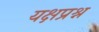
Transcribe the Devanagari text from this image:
यक्षप्रश्न